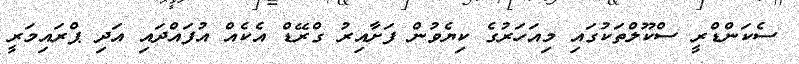
ސެކަންޑްރީ ސްކޫލްތަކުގައި މިއަހަރުގެ ކިޔެވުން ފަށާއިރު ގްރޭޑް އެކެއް އުފައްދައި އަދި ޕްރައިމަރީ